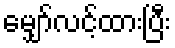
မျှော်လင့်ထားပြီး